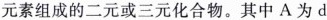
元素组成的二元或三元化合物。其中A为d